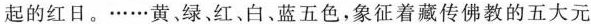
起的红日。······黄，绿、红、白、蓝五色，象征着藏传佛教的五大元